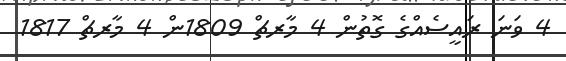
4 ވަނަ ރައީސެއްގެ ގޮތުން 4 މާރޗް 1809ން 4 މާރޗް 1817